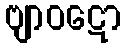
ဗျာဝဋော